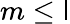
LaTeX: m\leq\mathsf{l}